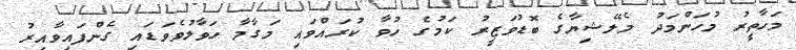
މަހާތީރު މުހަންމަދު މެލޭޝިޔާގެ ބޮޑުވަޒީރު ކަމުގެ ހުވާ ކުރައްވައި މަގާމާ ހަވާލުވެވަޑައި ގެންފައިވާއިރު